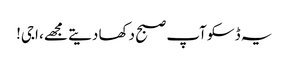
یہ ڈسکو آپ صبح دکھا دیتے مجھے، اجی!